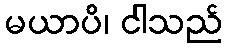
မယာပိ၊ ငါသည်